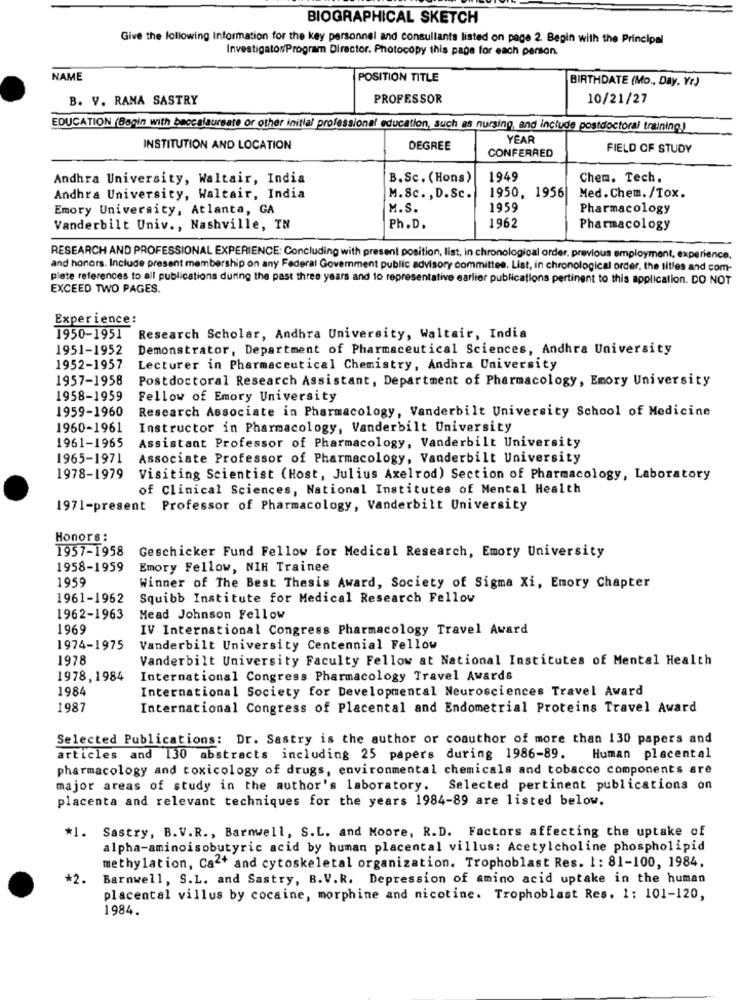
BIOGRAPHICAL SKETCH
Give the following Information for the key personnel and consultants listed on page 2. Begin with the Principal
Investigator/Program Director. Photocopy this page for each person.
NAME
POSITION TITLE
BIRTHDATE (Mo ., Day, Yr)
B. V. RANA SASTRY
PROFESSOR
10/21/27
EDUCATION (Begin with baccalaureate or other initial professional education, such as nursing, and include postdoctoral training.)
YEAR
INSTITUTION AND LOCATION
DEGREE
FIELD OF STUDY
CONFERRED
Andhra University, Waltair, India
B.Sc. (Hons)
1949
Chem. Tech.
Andhra University, Waltair, India
M.Sc. , D.Sc.
1950, 1956|
Med. Chem. /Tox.
Emory University, Atlanta, GA
M.S.
1959
Pharmacology
Vanderbilt Univ ., Nashville, TN
Ph .D.
1962
Pharmacology
RESEARCH AND PROFESSIONAL EXPERIENCE: Concluding with present position, list, in chronological order, previous employment, experience.
and honors. Include present membership on any Federal Government public advisory committee. List, in chronological order, the titles and com-
plete references to all publications during the past three years and to representative earlier publications pertinent to this application. DO NOT
EXCEED TWO PAGES.
Experience:
1950-1951 Research Scholar, Andhra University, Waltair, India
1951-1952
Demonstrator, Department of Pharmaceutical Sciences, Andhra University
1952-1957
Lecturer in Pharmaceutical Chemistry, Andhra University
1957-1958
Postdoctoral Research Assistant, Department of Pharmacology, Emory University
1958-1959
Fellow of Emory University
1959-1960
Research Associate in Pharmacology, Vanderbilt University School of Medicine
1960-1961
Instructor in Pharmacology, Vanderbilt University
1961-1965
Assistant Professor of Pharmacology, Vanderbilt University
1965-1971
Associate Professor of Pharmacology, Vanderbilt University
1978-1979
Visiting Scientist (Host, Julius Axelrod) Section of Pharmacology, Laboratory
of Clinical Sciences, National Institutes of Mental Health
1971-present Professor of Pharmacology, Vanderbilt University
Honors :
1957-1958
Geschicker Fund Fellow for Medical Research, Emory University
1958-1959
Emory Fellow, NIH Trainee
1959
Winner of The Best Thesis Award, Society of Sigma Xi, Emory Chapter
1961-1962
Squibb Institute for Medical Research Fellow
1962-1963
Mead Johnson Fellow
1969
IV International Congress Pharmacology Travel Award
1974-1975
Vanderbilt University Centennial Fellow
1978
Vanderbilt University Faculty Fellow at National Institutes of Mental Health
1978,1984
International Congress Pharmacology Travel Awards
1984
International Society for Developmental Neurosciences Travel Award
1987
International Congress of Placental and Endometrial Proteins Travel Award
Selected Publications: Dr. Sastry is the author or coauthor of more than 130 papers and
articles and 130 abstracts including 25 papers during 1986-89. Human placental
pharmacology and toxicology of drugs, environmental chemicals and tobacco components are
major areas of study in the author's laboratory. Selected pertinent publications on
placenta and relevant techniques for the years 1984-89 are listed below.
*1. Sastry, B.V.R ., Barnwell, S.L. and Moore, R.D. Factors affecting the uptake of
alpha-aminoisobutyric acid by human placental villus: Acetylcholine phospholipid
methylation, Ca2+ and cytoskeletal organization. Trophoblast Res. 1: 81-100, 1984.
*2.
Barnwell, S.L. and Sastry, B.V.R. Depression of amino acid uptake in the human
placental villus by cocaine, morphine and nicotine. Trophoblast Res. 1: 101-120,
1984.